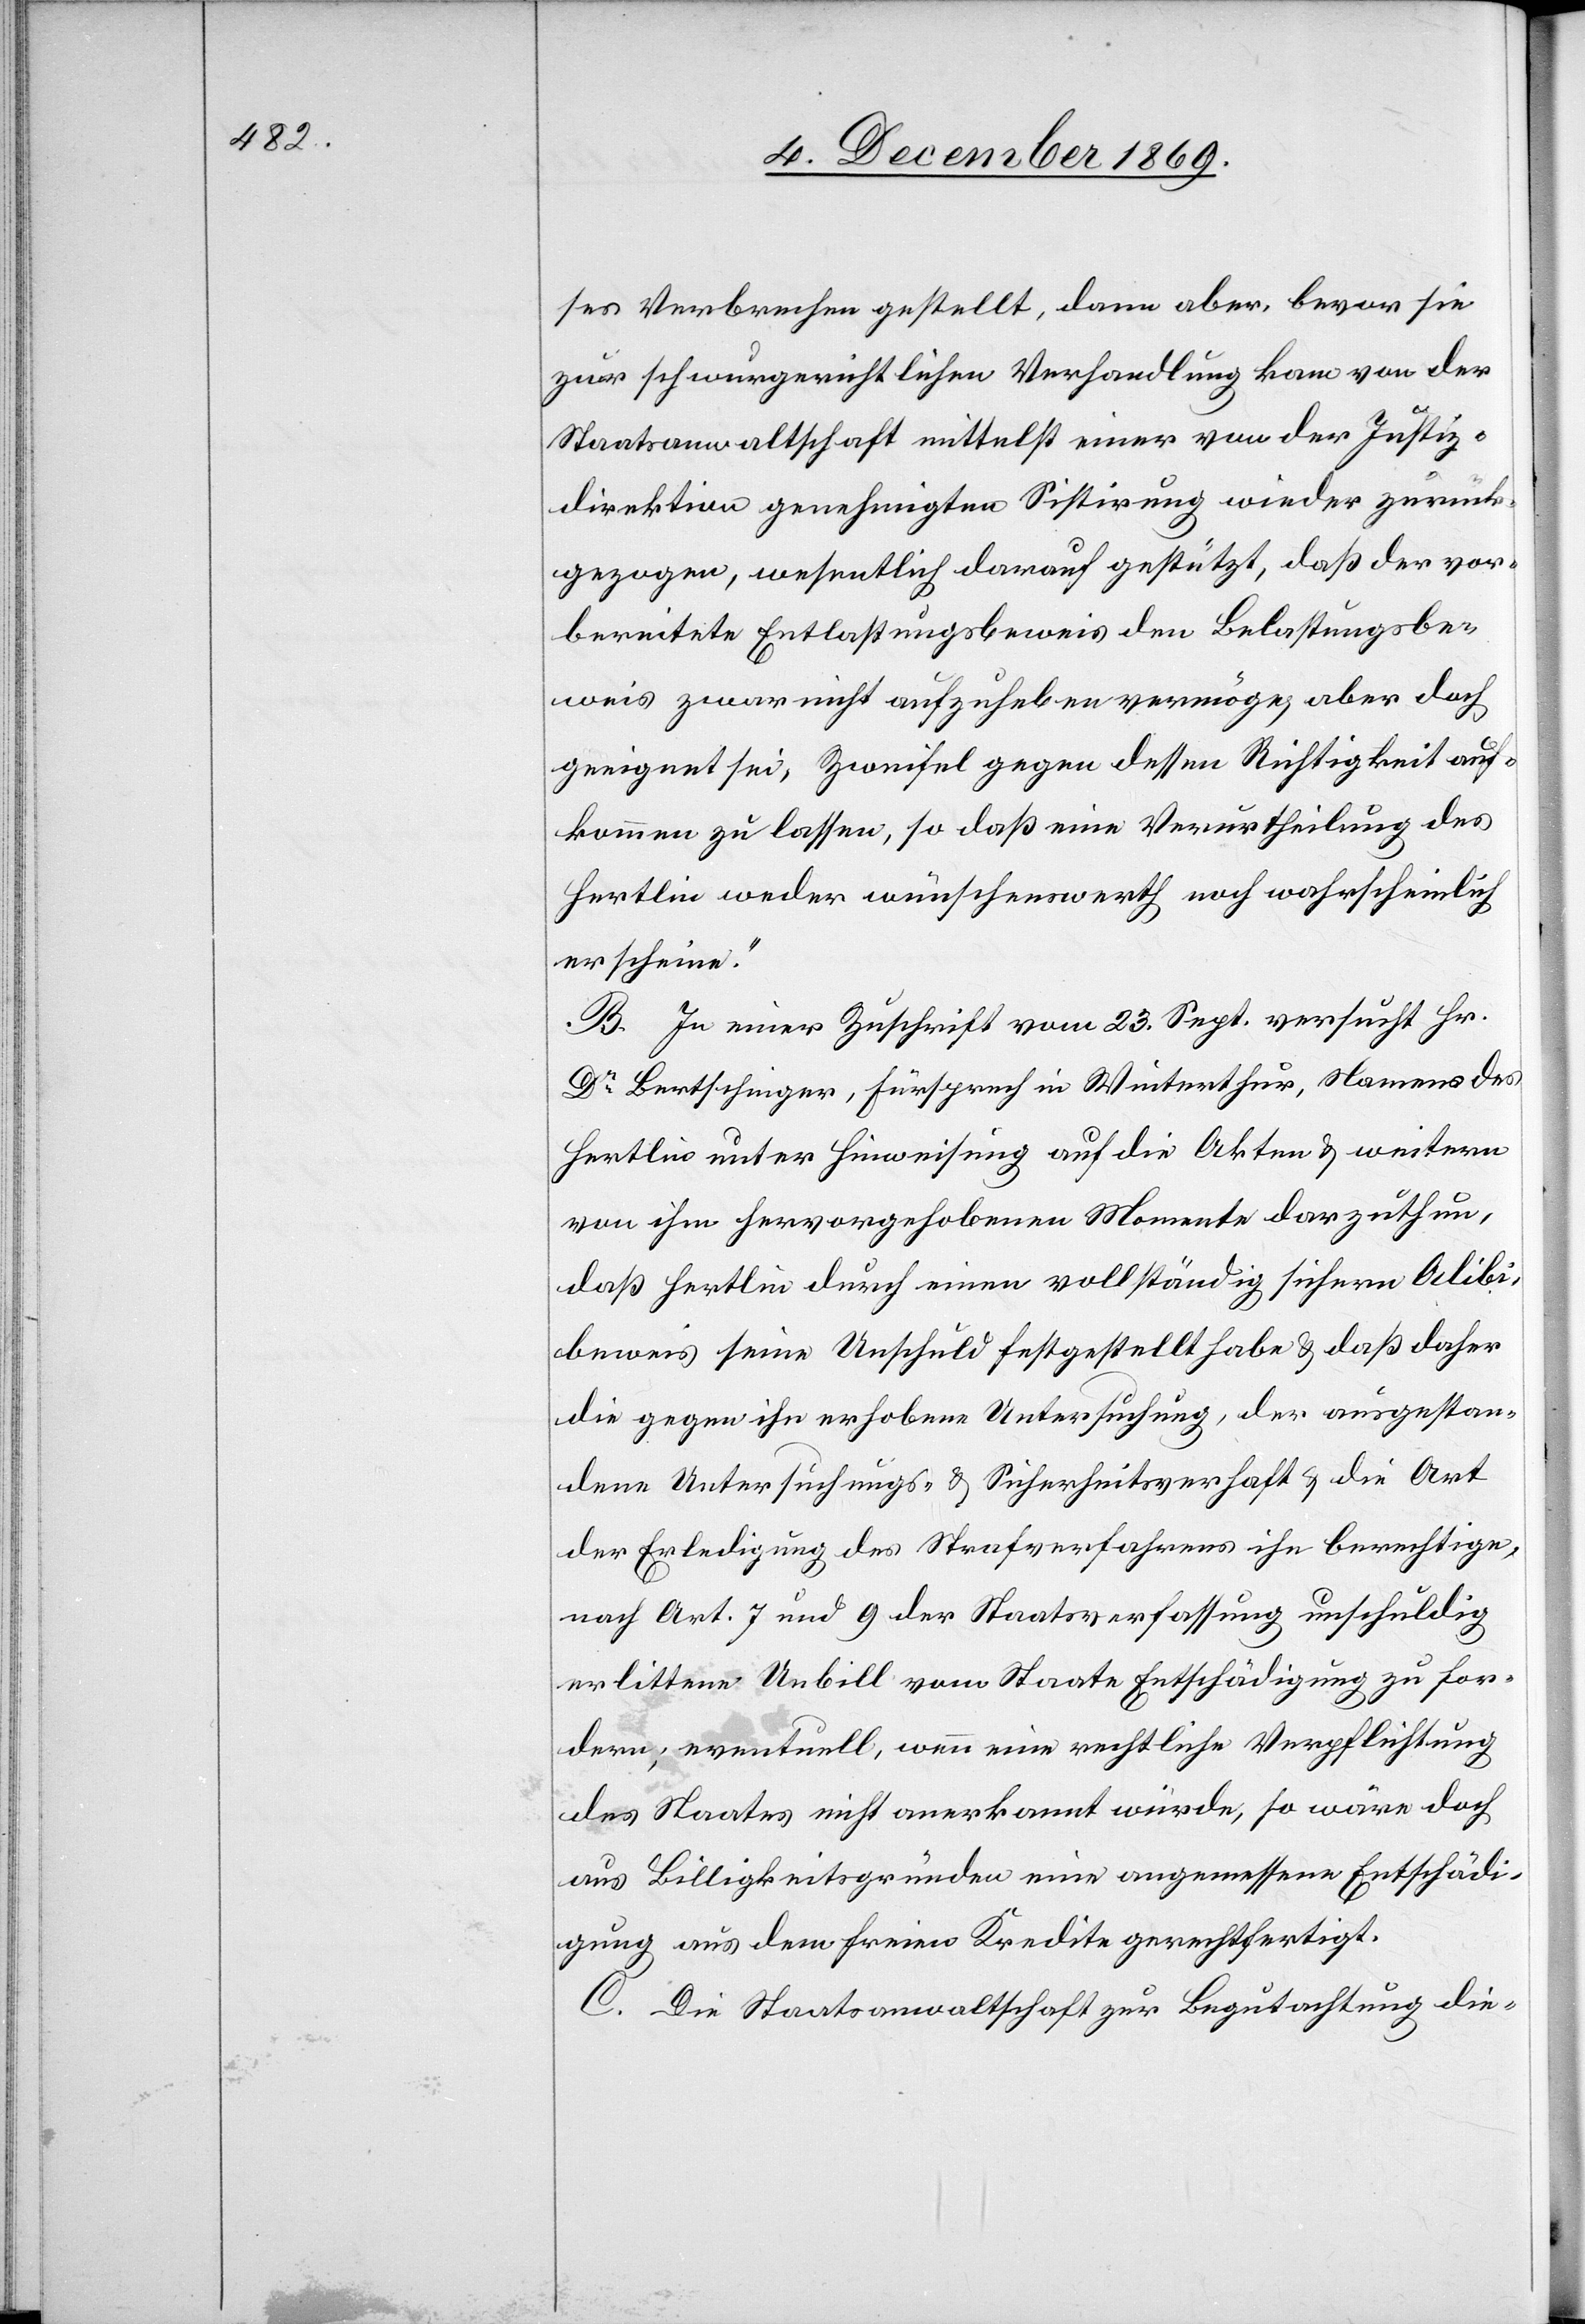
ses Verbrechen gestellt, dann aber, bevor sie
zur schwurgerichtlichen Verhandlung kam von der
Staatsanwaltschaft mittelst einer von der Justiz¬
direktion genehmigten Sistirung wieder zurück¬
gezogen, wesentlich darauf gestützt, [?„]daß der vor¬
bereitete Entlastungsbeweis den Belastungsbe¬
weis zwar nicht aufzuheben vermöge, aber doch
geeignet sei, Zweifel gegen dessen Richtigkeit auf¬
kommen zu lassen, so daß eine Verurtheilung des
Hertlin weder wünschenswerth noch wahrscheinlich
erscheine.“
B. In einer Zuschrift vom 23. Sept. versucht Hr.
Dr Bertschinger, Fürsprech in Winterthur, Namens des
Hertlin unter Hinweisung auf die Akten & weitern
von ihm hervorgehobenen Momente darzuthun,
daß Hertlin durch einen vollständig sichern Alibi¬
beweis seine Unschuld festgestellt habe & daß daher
die gegen ihn erhobene Untersuchung, der ausgestan¬
dene Untersuchungs- & Sicherheitsverhaft & die Art
der Erledigung des Strafverfahrens ihn berechtige,
nach Art. 7 und 9 der Staatsverfassung [für] unschuldig
erlittene Unbill vom Staate Entschädigung zu for¬
dern; eventuell, wenn eine rechtliche Verpflichtung
des Staates nicht anerkannt würde, so wäre doch
aus Billigkeitsgründen eine angemessene Entschädi¬
gung aus dem freien Kredite gerechtfertigt.
C. Die Staatsanwaltschaft zur Begutachtung die-